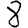
Digit: 8